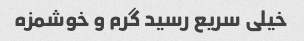
خیلی سریع رسید گرم و خوشمزه